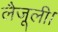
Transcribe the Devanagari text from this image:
लैजूली।